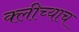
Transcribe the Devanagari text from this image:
क्लीच्याच